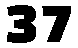
37